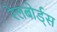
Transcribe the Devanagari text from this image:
रेलबोर्ड्स